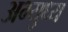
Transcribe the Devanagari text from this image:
अभ्युध्य